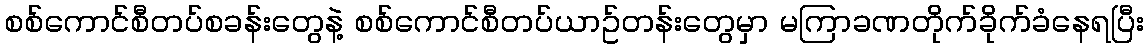
စစ်ကောင်စီတပ်စခန်းတွေနဲ့ စစ်ကောင်စီတပ်ယာဥ်တန်းတွေမှာ မကြာခဏတိုက်ခိုက်ခံနေရပြီး